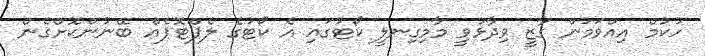
ހުކުމް އިއްވަމުން ގާޒީ ވިދާޅުވީ މާމިގިނލީ ކޯޓުގައި އެ ކޯޓުގެ ލެޕްޓޮޕެއް ބޭނުންކޮށްގެން